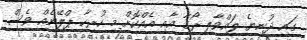
ގައި ދުނިޔެ ލައްވާލި ރޯގާ އާއި އެއްކޮށް މި ހުރިހާ ޕްލޭނެއް ވެސް